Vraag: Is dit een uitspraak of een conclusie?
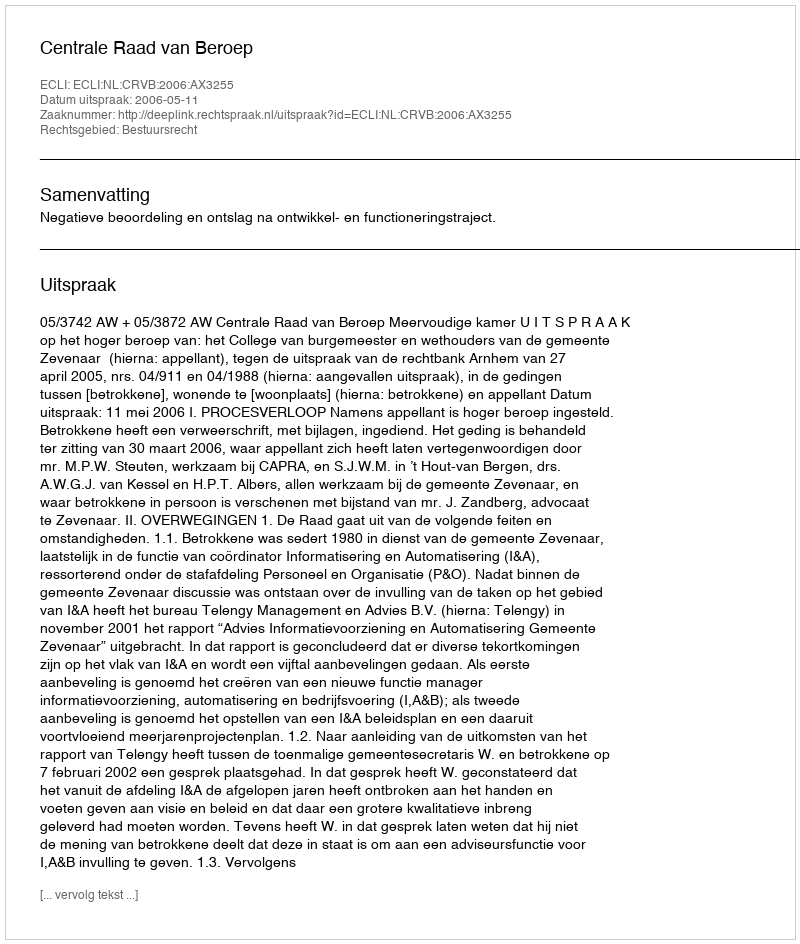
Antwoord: Uitspraak